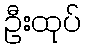
ဦးထုပ်